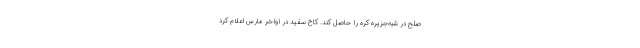
صلح در شبه‌جزیره کره را حاصل کند. کاخ سفید در اواخر مارس اعلام کرد